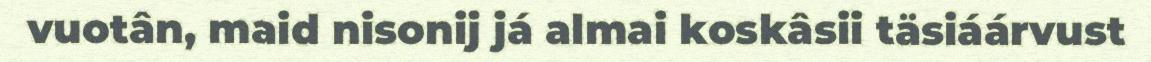
vuotân, maid nisonij já almai koskâsii täsiáárvust